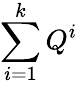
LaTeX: \sum_{i=1}^{k}Q^{i}